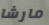
مارشا